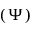
( \Psi )